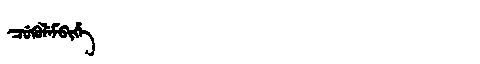
Manchu: ᠴᡠᡴᡠᠯᡝᠮᠪᡳᡥᡝ
Romanization: CUKULEMBIHE